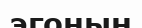
эгоның